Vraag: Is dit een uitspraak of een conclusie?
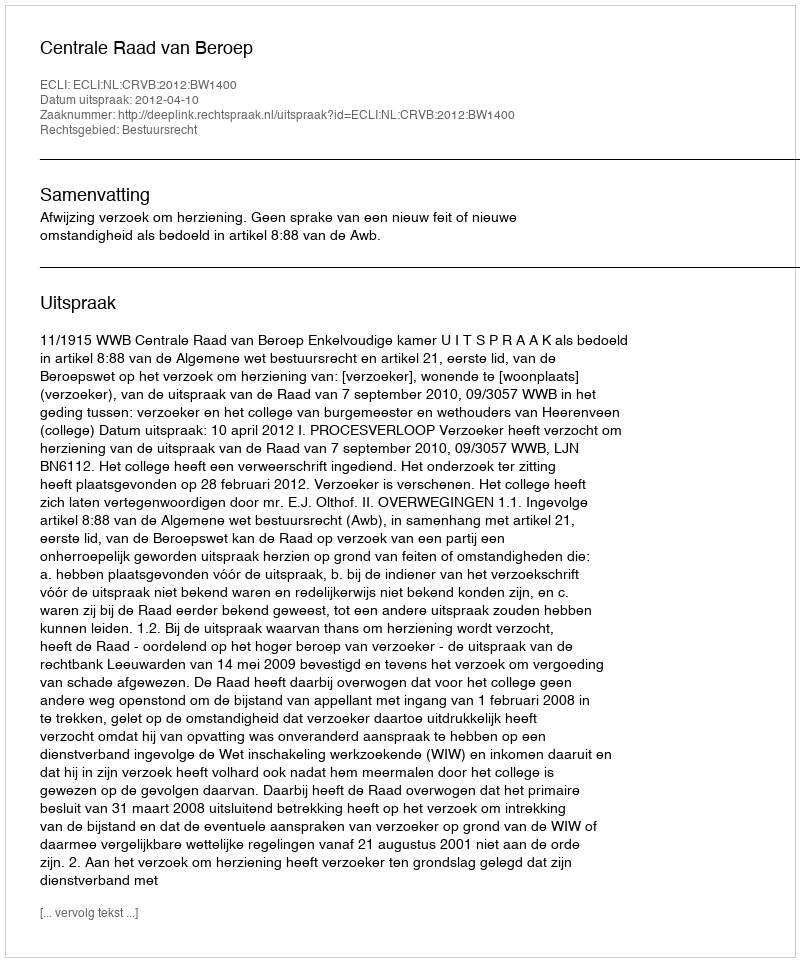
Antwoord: Uitspraak